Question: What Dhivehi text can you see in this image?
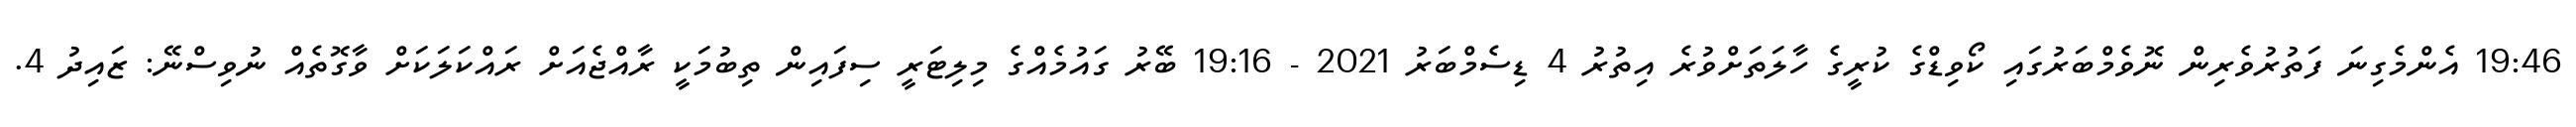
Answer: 19:46 އެންމެގިނަ ފަތުރުވެރިން ނޮވެމްބަރުގައި ކޯވިޑްގެ ކުރީގެ ހާލަތަށްވުރެ އިތުރު 4 ޑިސެމްބަރު 2021 - 19:16 ބޭރު ގައުމެއްގެ މިލިޓަރީ ސިފައިން ތިބުމަކީ ރާއްޖެއަށް ރައްކަލަކަށް ވާގޮތެއް ނުވިސްނޭ: ޒައިދު 4.